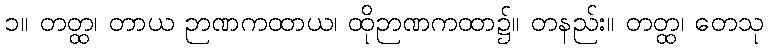
၁။ တတ္ထ၊ တာယ ဉာဏကထာယ၊ ထိုဉာဏကထာ၌။ တနည်း။ တတ္ထ၊ တေသု